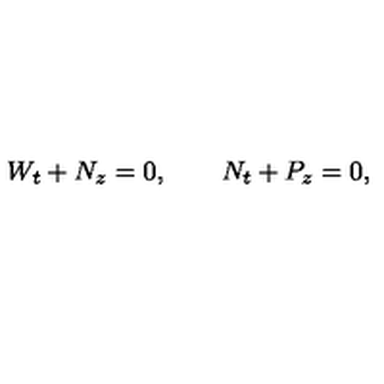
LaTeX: W _ { t } + N _ { z } = 0 , \qquad N _ { t } + P _ { z } = 0 ,